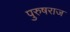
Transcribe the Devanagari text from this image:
पुरुषराज